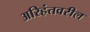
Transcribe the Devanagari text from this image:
अरिहंतवरील